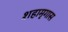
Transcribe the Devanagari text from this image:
शहामृगास